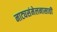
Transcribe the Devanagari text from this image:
नाट्यसंमेलनासाठी